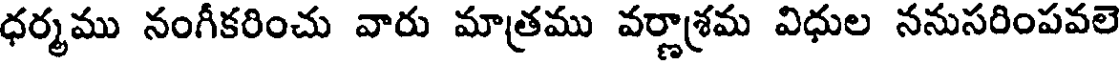
ధర్మము నంగీకరించు వారు మాత్రము వర్ణాశ్రమ విధుల ననుసరింపవలె